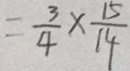
= \frac { 3 } { 4 } \times \frac { 1 5 } { 1 4 }